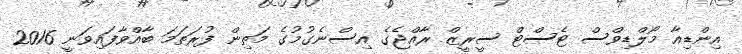
އިންޑިއާ މޯލްޑިވްސް ޓެސްޓް ސީރީޒް ރާއްޖެގެ އިސްނެގުމުގެ މަތިން ފުރަތަމަ ބާއްވާފައިވަނީ 2016